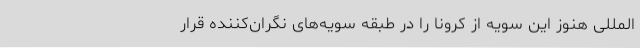
‌المللی هنوز این سویه از کرونا را در طبقه سویه‌های نگران‌کننده قرار